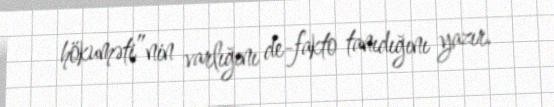
hökuməti”nin varlığını de-fakto tanıdığını yazır.